Indian journal of veterinary science and animal husbandry - Volume 6,
Year: 1936
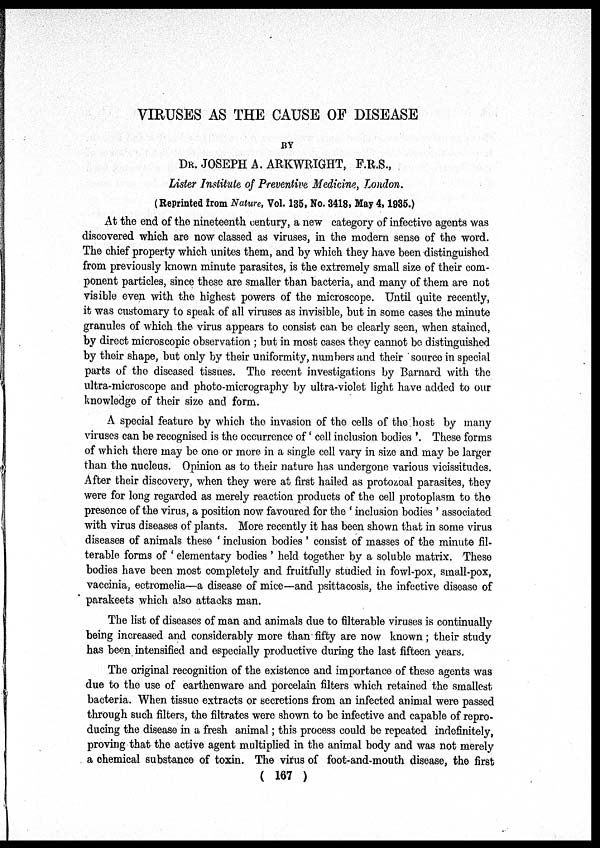
VIRUSES AS THE CAUSE OF DISEASE
BY
DR. JOSEPH A. ARKWRIGHT, F.R.S.,
Lister Institute of Preventive Medicine, London.
(Reprinted from Nature, Vol. 135, No. 3418, May 4, 1935.)
At the end of the nineteenth century, a new category of infective agents was
discovered which are now classed as viruses, in the modern sense of the word.
The chief property which unites them, and by which they have been distinguished
from previously known minute parasites, is the extremely small size of their com-
ponent particles, since these are smaller than bacteria, and many of them are not
visible even with the highest powers of the microscope. Until quite recently,
it was customary to speak of all viruses as invisible, but in some cases the minute
granules of which the virus appears to consist can be clearly seen, when stained,
by direct microscopic observation ; but in most cases they cannot be distinguished
by their shape, but only by their uniformity, numbers and their source in special
parts of the diseased tissues. The recent investigations by Barnard with the
ultra-microscope and photo-micrography by ultra-violet light have added to our
knowledge of their size and form.
A special feature by which the invasion of the cells of the host by many
viruses can be recognised is the occurrence of' cell inclusion bodies '. These forms
of which there may be one or more in a single cell vary in size and. may be larger
than the nucleus. Opinion as to their nature has undergone various vicissitudes.
After their discovery, when they were at first hailed as protozoal parasites, they
were for long regarded as merely reaction products of the cell protoplasm to the
presence of the virus, a position now favoured for the ' inclusion bodies ' associated
with virus diseases of plants. More recently it has been shown that in some virus
diseases of animals these ' inclusion bodies ' consist of masses of the minute fil-
terable forms of ' elementary bodies ' held together by a soluble matrix. These
bodies have been most completely and fruitfully studied in fowl-pox, small-pox,
vaccinia, ectromelia—a disease of mice—and psittacosis, the infective disease of
parakeets which also attacks man.
The list of diseases of man and animals due to filterable viruses is continually
being increased and considerably more than fifty are now known; their study
has been intensified and especially productive during the last fifteen years.
The original recognition of the existence and importance of these agents was
due to the use of earthenware and porcelain filters which retained the smallest
bacteria. When tissue extracts or secretions from an infected animal were passed
through such filters, the filtrates were shown to be infective and capable of repro-
ducing the disease in a fresh animal; this process could be repeated indefinitely,
proving that the active agent multiplied in the animal body and was not merely
a chemical substance of toxin. The virus of foot-and-mouth disease, the first
( 167 )